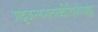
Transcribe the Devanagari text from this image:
भट्टजन्मशताब्दीविशेषाङ्कः